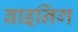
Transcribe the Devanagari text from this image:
ब्राइनिंग